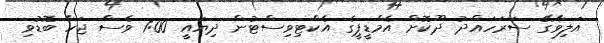
އަލިވާގޭ ސަރަހައްދު ދޫކޮށް އެމްޑީޕީގެ އެކްޓިވިސްޓުން ދިޔައީ 1:00 ވެސް ޖަހާ ބޮޑުވި